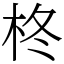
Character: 柊